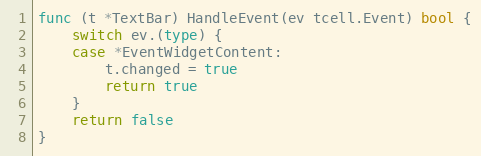
Language: Go
func (t *TextBar) HandleEvent(ev tcell.Event) bool {
	switch ev.(type) {
	case *EventWidgetContent:
		t.changed = true
		return true
	}
	return false
}